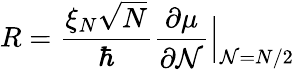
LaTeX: R=\frac{\xi_{N}\sqrt{N}}{\hbar}\frac{\partial\mu}{\partial\mathcal{N}}\Big|_{\mathcal{N}=N/2}